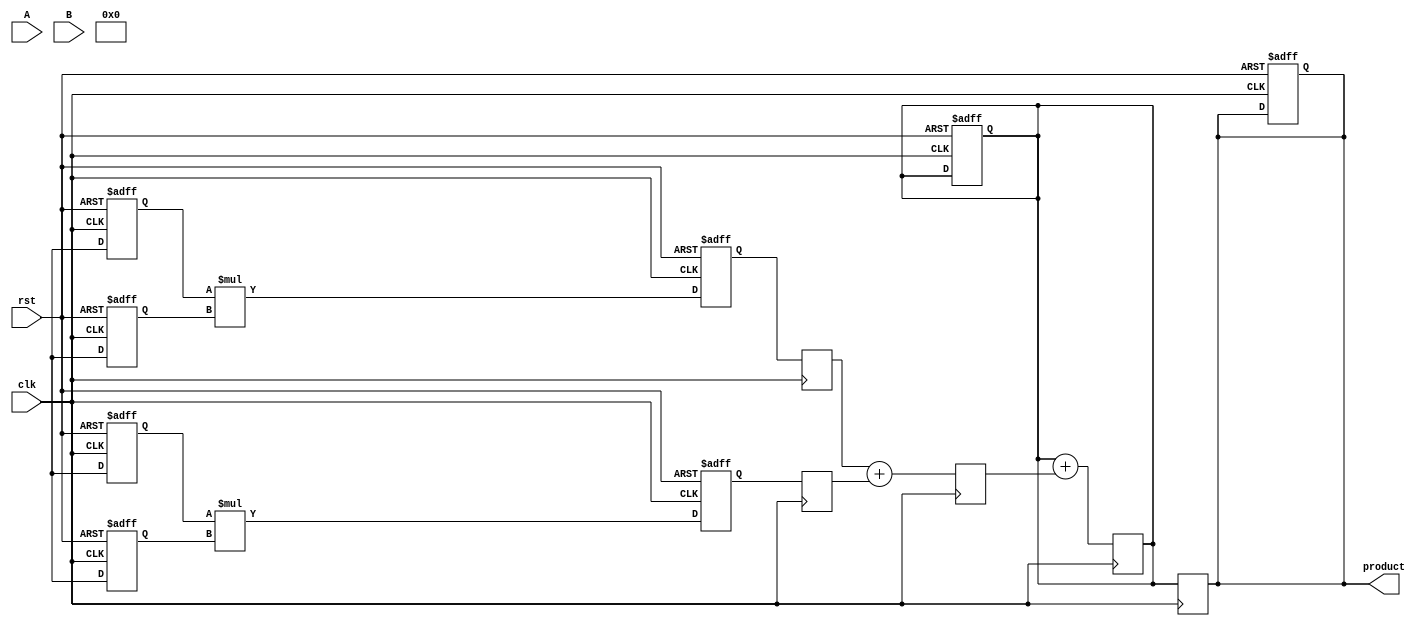
module pipelined_sliced_multiplier #(
    parameter A_WIDTH = 16, // Width of operand A
    parameter B_WIDTH = 16, // Width of operand B
    parameter SLICE_WIDTH = 4, // Width of each slice
    parameter NUM_SLICES = (A_WIDTH / SLICE_WIDTH) + (B_WIDTH / SLICE_WIDTH) // Number of slices
)(
    input clk,
    input rst,
    input [A_WIDTH-1:0] A,
    input [B_WIDTH-1:0] B,
    output reg [A_WIDTH + B_WIDTH - 1:0] product // Output product width
);

    // Intermediate signals
    reg [A_WIDTH-1:0] A_reg [0:NUM_SLICES-1];
    reg [B_WIDTH-1:0] B_reg [0:NUM_SLICES-1];
    reg [A_WIDTH + B_WIDTH - 1:0] partial_products [0:NUM_SLICES-1];
    reg [A_WIDTH + B_WIDTH - 1:0] adder_tree [0:NUM_SLICES-1];
    reg [A_WIDTH + B_WIDTH - 1:0] final_sum;

    // Control signals
    integer i;

    // Input Slicing and Partial Product Generation
    always @(posedge clk or posedge rst) begin
        if (rst) begin
            for (i = 0; i < NUM_SLICES; i = i + 1) begin
                A_reg[i] <= 0;
                B_reg[i] <= 0;
                partial_products[i] <= 0;
            end
            product <= 0;
            final_sum <= 0;
        end else begin
            // Slice the inputs and generate partial products
            for (i = 0; i < NUM_SLICES; i = i + 1) begin
                A_reg[i] <= A[(i+1)*SLICE_WIDTH-1 -: SLICE_WIDTH];
                B_reg[i] <= B[(i+1)*SLICE_WIDTH-1 -: SLICE_WIDTH];
                partial_products[i] <= A_reg[i] * B_reg[i];
            end
        end
    end

    // Adder Tree for Partial Product Summation
    always @(posedge clk) begin
        // Initialize adder tree
        for (i = 0; i < NUM_SLICES; i = i + 1) begin
            adder_tree[i] <= partial_products[i];
        end

        // Perform tree addition (simple pairwise addition)
        for (i = 0; i < NUM_SLICES - 1; i = i + 2) begin
            adder_tree[i/2] <= adder_tree[i] + adder_tree[i+1];
        end

        // Final sum
        final_sum <= adder_tree[0];
        for (i = 1; i < NUM_SLICES/2; i = i + 1) begin
            final_sum <= final_sum + adder_tree[i];
        end

        // Output the final product
        product <= final_sum;
    end

endmodule